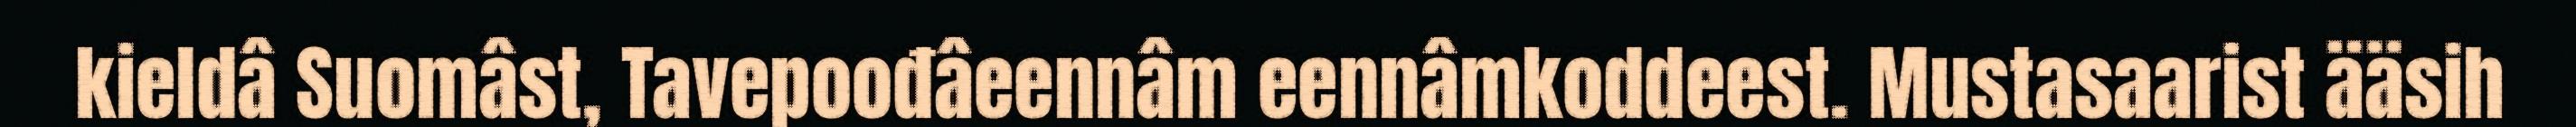
kieldâ Suomâst, Tavepoođâeennâm eennâmkoddeest. Mustasaarist ääsih